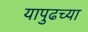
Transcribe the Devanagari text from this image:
यापुढच्या